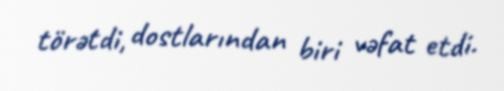
törətdi, dostlarından biri vəfat etdi.